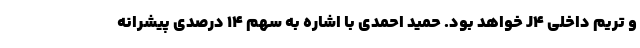
و تریم داخلی J4 خواهد بود. حمید احمدی با اشاره به سهم 14 درصدی پیشرانه